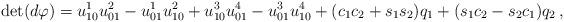
LaTeX: \begin{align*}\det(d\varphi)=u^1_{10}u^2_{01}-u^1_{01}u^2_{10}+u^3_{10}u^4_{01}-u^3_{01}u^4_{10}+(c_1c_2+s_1s_2)q_1+(s_1c_2-s_2c_1)q_2\,,\end{align*}